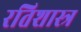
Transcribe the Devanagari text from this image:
रतिशास्त्र